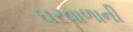
ઘરવાળાની